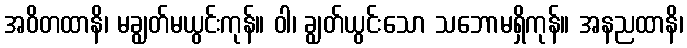
အဝိတထာနိ၊ မချွတ်မယွင်းကုန်။ ဝါ၊ ချွတ်ယွင်းသော သဘောမရှိကုန်။ အနညထာနိ၊